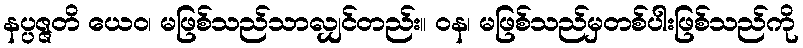
နပ္ပဇ္ဇတိ ယေဝ၊ မဖြစ်သည်သာလျှင်တည်း။ ဝန၊ မဖြစ်သည်မှတစ်ပါးဖြစ်သည်ကို